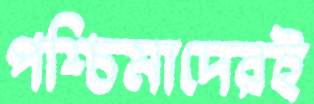
পশ্চিমাদেরই